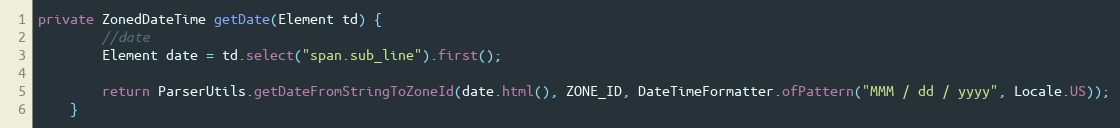
Language: Java
private ZonedDateTime getDate(Element td) {
        //date
        Element date = td.select("span.sub_line").first();

        return ParserUtils.getDateFromStringToZoneId(date.html(), ZONE_ID, DateTimeFormatter.ofPattern("MMM / dd / yyyy", Locale.US));
    }